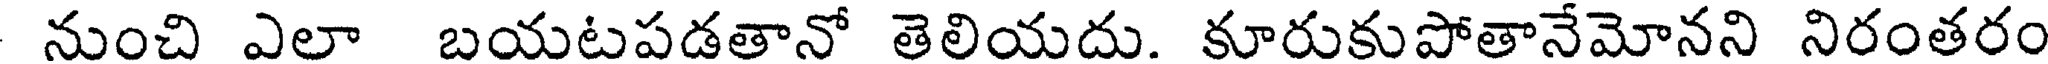
నుంచి ఎలా బయటపడతానో తెలియదు. కూరుకుపోతానేమోనని నిరంతరం